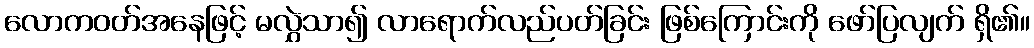
လောကဝတ်အနေဖြင့် မလွှဲသာ၍ လာရောက်လည်ပတ်ခြင်း ဖြစ်ကြောင်းကို ဖော်ပြလျက် ရှိ၏။